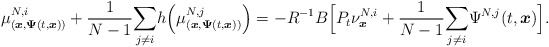
\begin{align*}\mu_{(\boldsymbol{x},\boldsymbol{\Psi}(t,\boldsymbol{x}))}^{N,i}+\frac{1}{N-1}\underset{j\neq i}{\sum}h\Big(\mu_{(\boldsymbol{x},\boldsymbol{\Psi}(t,\boldsymbol{x}))}^{N,j} \Big)=-R^{-1}B\Big[P_t\nu^{N,i}_{\boldsymbol{x}}+\frac{1}{N-1}\underset{j\neq i}{\sum}\Psi^{N,j}(t,\boldsymbol{x})\Big].\end{align*}